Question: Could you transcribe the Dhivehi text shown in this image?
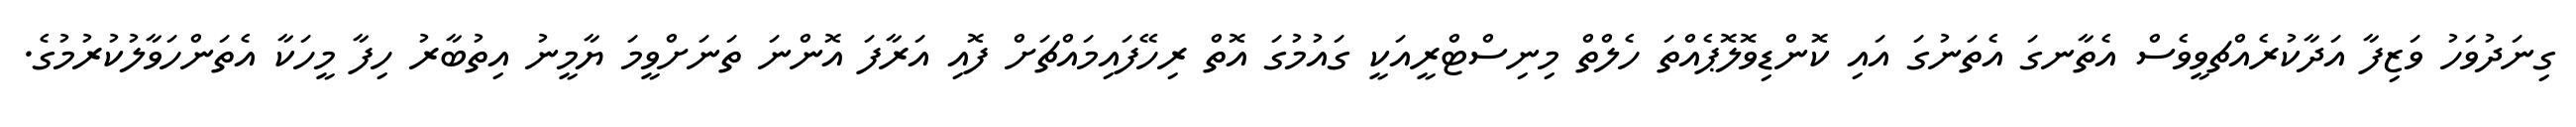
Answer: ގިނަދުވަހު ވަޒިފާ އަދާކުރެއްޗވީވެސް އެތާނގަ އެތަނުގަ އައި ކޮންޑިވޮލޮޕެއްތަ ހެލްތް މިނިސްޓްރީއަކީ ގައުމުގަ އޮތް ރިހޭފައިމައްޗަށް ފޮއި އަރާފަ އޮންނަ ތަނަށްވީމަ ޔާމީނު އިތުބާރު ހިފާ މީހަކާ އެތަންހަވާލުކުރުމުގެ.